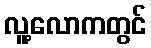
လူ့လောကတွင်